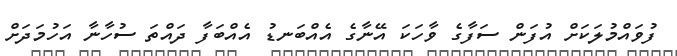
ފުވައްމުލަކަށް އުފަން ސަފާގެ ވާހަކަ އޭނާގެ އެއްބަނޑު އެއްބަފާ ދައްތަ ސުހާނާ އަހުމަދަށް